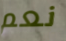
نعم